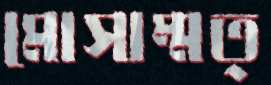
মোসাম্মত্